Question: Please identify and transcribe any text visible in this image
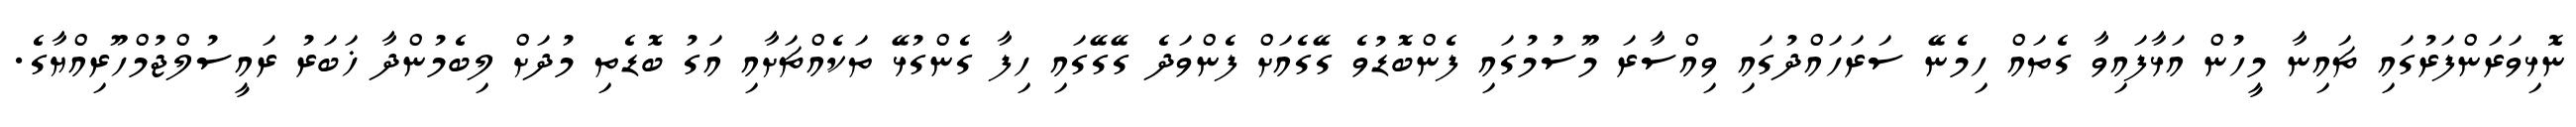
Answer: ނޮޅިވަރަންފަރުގައި ޗައިނާ މީހުން އަޅާފައިވާ ގެތައް ހިމެނޭ ސަރަހައްދުގައި ވިއްސާރަ މޫސުމުގައި ފެންބޮޑުވެ ގޭގެއަށް ފެންވަދެ ގޭގޭގައި ހިފާ ގެންގުޅޭ ތަކެއްޗަށާއި އަގު ބޮޑެތި މުދަށް ލިބެމުންދާ ޚަބަރު ރައީސުލްޖުމްހޫރިއްޔާގެ.